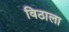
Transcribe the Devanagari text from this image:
विठाला